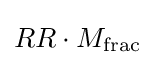
RR\cdot M_{\text{frac}}